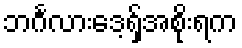
ဘင်္ဂလားဒေ့ရှ်အစိုးရက